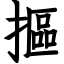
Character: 摳